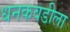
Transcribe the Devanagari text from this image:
धनकवडीला